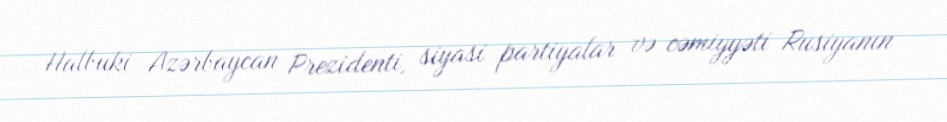
Halbuki Azərbaycan Prezidenti, siyasi partiyalar və cəmiyyəti Rusiyanın